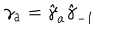
\gamma _ { a } = \hat { \gamma } _ { a } \hat { \gamma } _ { - 1 }